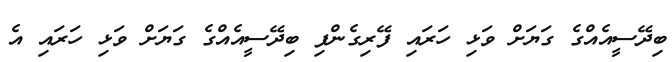
ބިދޭސީއެއްގެ ގަޔަށް ވަޅި ހަރައި ފޭރިގެންފި ބިދޭސީއެއްގެ ގަޔަށް ވަޅި ހަރައި އެ